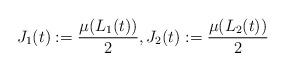
LaTeX: \begin{align*} J_1 (t) := \frac{\mu ( L_1 (t) )}{2}, J_2 (t) := \frac{\mu ( L_2 (t) )}{2} \end{align*}